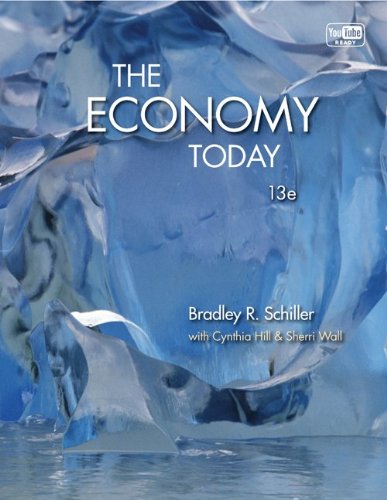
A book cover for The Economy Today, 13th Edition (McGraw-Hill Series Economics); Bradley R. Schiller; Business & Money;